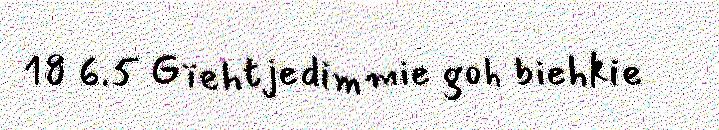
18 6.5 Gïehtjedimmie goh biehkie